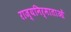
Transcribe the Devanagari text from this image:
राज्यनिर्माताओं